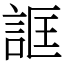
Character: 誆